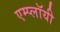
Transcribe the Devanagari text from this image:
एम्प्लॉयी